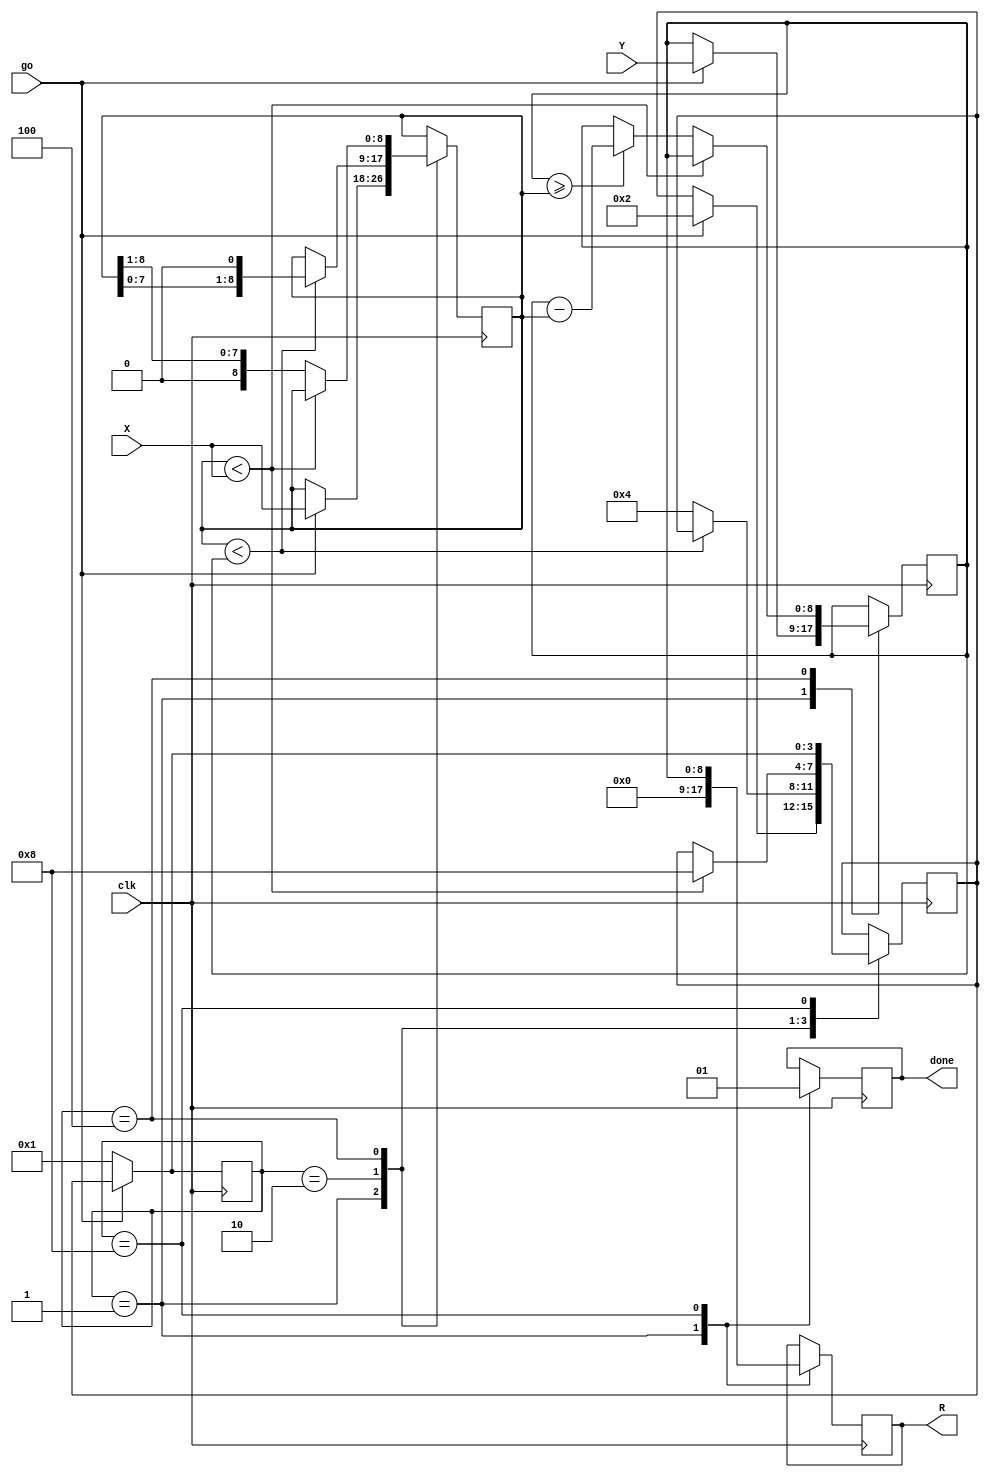
`timescale 1ns / 1ps
//////////////////////////////////////////////////////////////////////////////////
// Company: 
// Engineer: 
// 
// Design Name: 
// Module Name:    mod 
// Project Name: 
// Target Devices: 
// Tool versions: 
// Description: 
//
// Dependencies: 
//
// Revision: 
// Revision 0.01 - File Created
// Additional Comments: 
//
//////////////////////////////////////////////////////////////////////////////////
`define HALFBITS 4
`define BITS `HALFBITS*2 + 1

module mod(
input [`BITS-1:0] X,
input [`BITS-1:0] Y,
input clk,
input go,

output reg [`BITS-1:0] R,
output reg done
);

	parameter RESET  = 4'b0001;
	parameter INIT = 4'b0010;	
	parameter LOOP   = 4'b0100;
	parameter DONE   = 4'b1000;
	
	reg [3:0] current_state, next_state = 0;

	
	reg [`BITS-1:0] Y_reg;
	reg [`BITS-1:0] P;

	always @( posedge clk ) begin
		if( ~go )
			current_state <= RESET;
		else
			current_state <= next_state;	
	end

	always @ (posedge clk) begin
		case (current_state)
			RESET:  //
				begin			
					done <= 0;
					R <= 0;					
					if (go) begin
						next_state <= INIT;
						P <= X;
						Y_reg <= Y;
					end
				end
			INIT:
				begin
					if (P < Y_reg) begin
						P <= P << 1;
					end	
					else begin
						next_state <= LOOP;
					end
				end
			LOOP:
				begin
					if (P < X)
						next_state <= DONE;
					else begin
						if (Y_reg >= P) begin
							Y_reg = Y_reg - P;
						end
						P = P >> 1;
					end	
				end
			DONE:
				begin					
					done = 1;
					R = Y_reg;
					if (~go)
						next_state <= RESET;
				end
		endcase
	end


endmodule